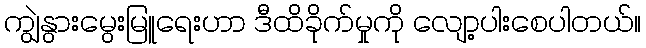
ကျွဲနွားမွေးမြူရေးဟာ ဒီထိခိုက်မှုကို လျော့ပါးစေပါတယ်။